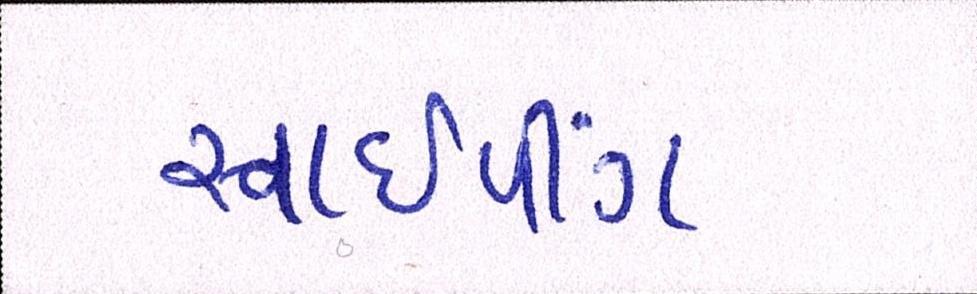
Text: સ્વાઈપીંગ